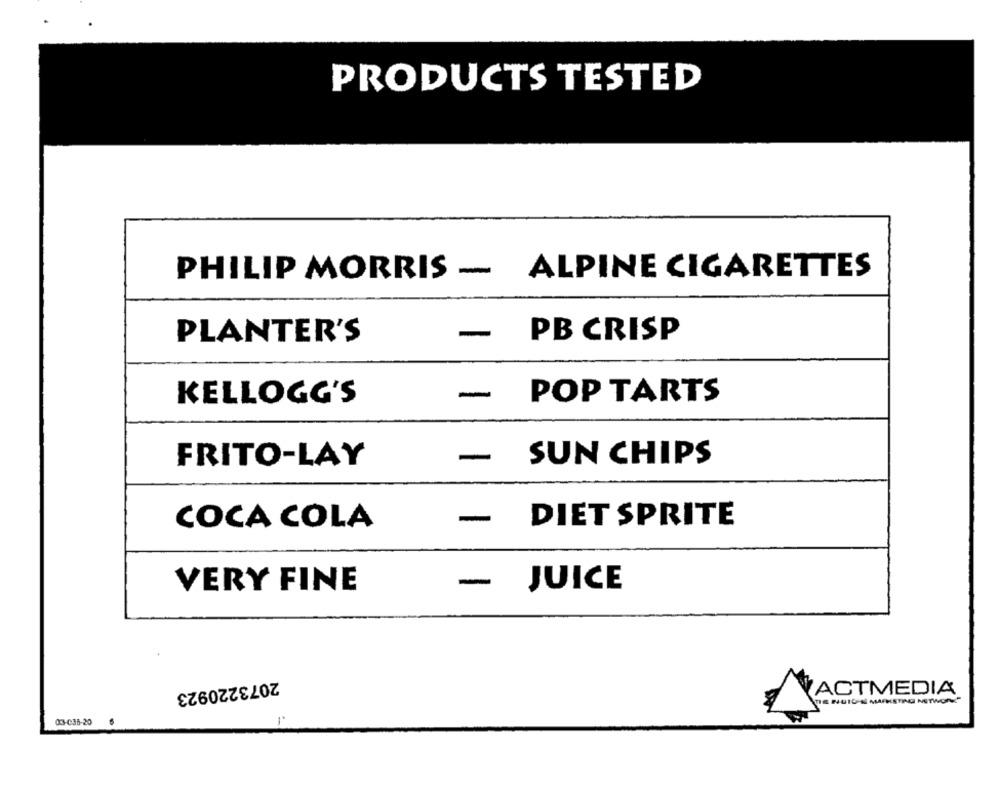
PRODUCTS TESTED
PHILIP MORRIS - ALPINE CIGARETTES
PLANTER'S
-
PB CRISP
KELLOGG'S
-
POP TARTS
SUN CHIPS
FRITO-LAY
DIET SPRITE
COCA COLA
-
JUICE
VERY FINE
2073220923
ACTMEDIA
IS NUIC'S MARKETING NETWORK"
03-C35-20